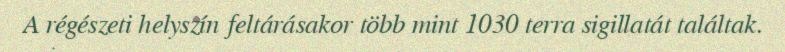
A régészeti helyszín feltárásakor több mint 1030 terra sigillatát találtak.